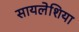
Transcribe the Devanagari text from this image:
सायलेशिया